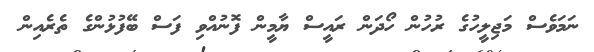
ނަމަވެސް މަޖިލީހުގެ ރުހުން ހޯދަން ރައީސް ޔާމީން ފޮނުއްވި ފަސް ބޭފުޅުންގެ ތެރެއިން